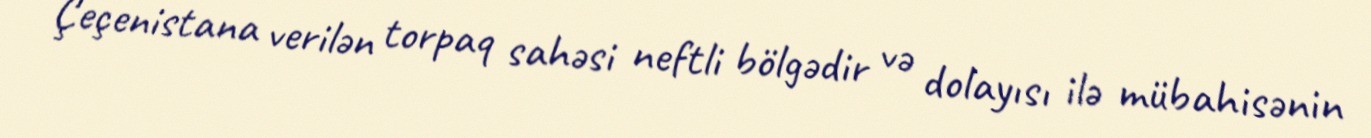
Çeçenistana verilən torpaq sahəsi neftli bölgədir və dolayısı ilə mübahisənin